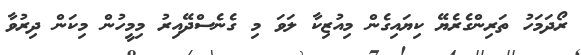
ރޯދަމަހު ތަރިންގެރެޔޭ ކިޔައިގެން މިއުޒިކާ ލަވަ މި ގެނެސްދޭއިރު މިމީހުން މިކަން ދިރުވާ